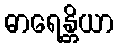
ဓာရေန္တိယာ